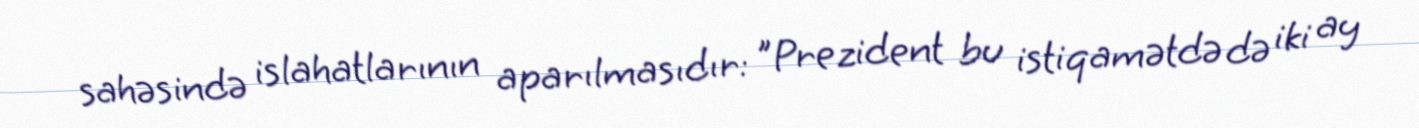
sahəsində islahatlarının aparılmasıdır: "Prezident bu istiqamətdə də iki ay